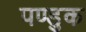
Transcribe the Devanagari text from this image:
पण्डुक